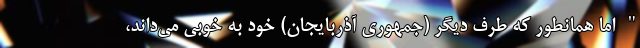
" اما همانطور که طرف دیگر (جمهوری آذربایجان) خود به خوبی می‌داند،